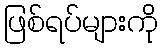
ဖြစ်ရပ်များကို